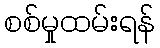
စစ်မှုထမ်းရန်